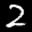
Label: 2